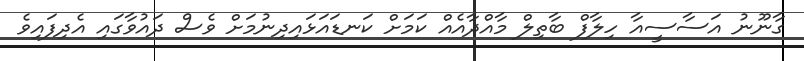
ގާނޫނު އަސާސީއާ ހިލާފް ބާތިލް މާއްދާއެއް ކަމަށް ކަނޑައަޅައިދިނުމަށް ވެސް ދައުވާގައި އެދިފައިވެ